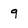
Character: 9